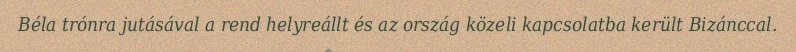
Béla trónra jutásával a rend helyreállt és az ország közeli kapcsolatba került Bizánccal.